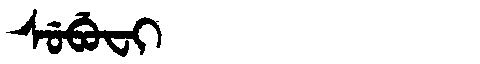
Manchu: ᠰᡠᠪᡠᠸᡳ
Romanization: SUBUFI